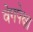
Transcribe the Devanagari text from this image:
वेगपेक्षा